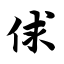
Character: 俅